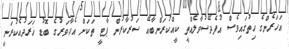
އަހަރެންގެ ހިތުގައިވެސް އުފެދޭސުވާލެއްތީ ކީއްކުރަންބާއޭ ސަރުކާރުން ޕާޓީ ތަކަށް އެހާވަރުގެ ބޮޑު ޚަރަދުއެކުރަނީ